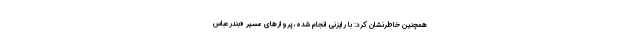
همچنین خاطرنشان کرد: با رایزنی انجام شده، پروازهای مسیر «بندرعباس